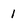
Character: 1